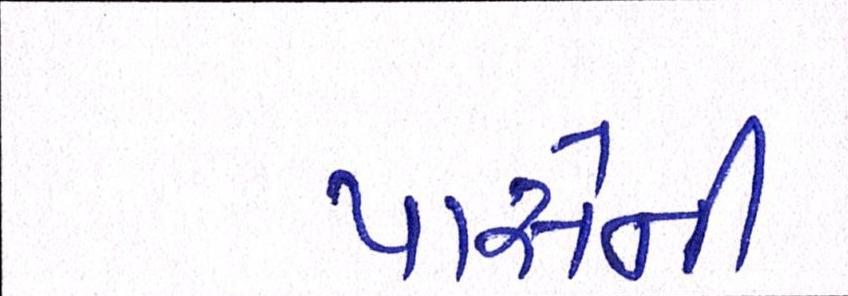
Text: પાસેની